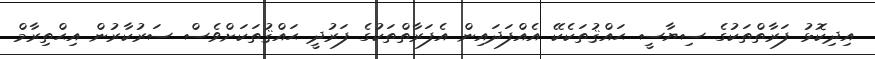
އިދިކޮޅު ފަރާތްތަކުގެ ސިޔާސީ ޙައްޤުތަކެކޭ އެއްފަދައިން އެފަރާތްތަކުގެ ފަރުދީ ޙައްޤުތަކަށްވެސް ސަރުކާރުން އިޙްތިރާމް